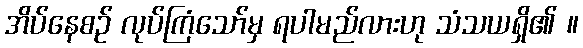
အိပ်နေစဉ် လုပ်ကြံသော်မှ ရပါမည်လားဟု သံသယရှိ၏ ။